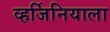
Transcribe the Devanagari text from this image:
व्हर्जिनियाला